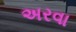
અરવા